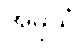
အမူသံ